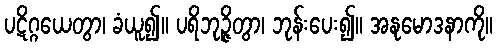
ပဋိဂ္ဂယေတွာ၊ ခံယူ၍။ ပရိဘုဉ္ဇိတွာ၊ ဘုန်းပေး၍။ အနုမောဒနာကို။